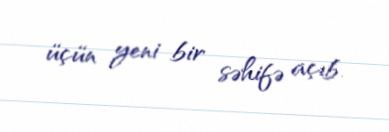
üçün yeni bir səhifə açıb.